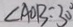
\angle A O B = 3 0 ^ { \circ }